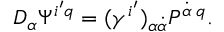
D _ { \alpha } \Psi ^ { i ^ { \prime } q } = ( \gamma ^ { i ^ { \prime } } ) _ { \alpha \dot { \alpha } } P ^ { \dot { \alpha } \; q } .